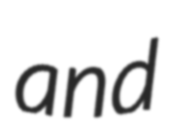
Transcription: and